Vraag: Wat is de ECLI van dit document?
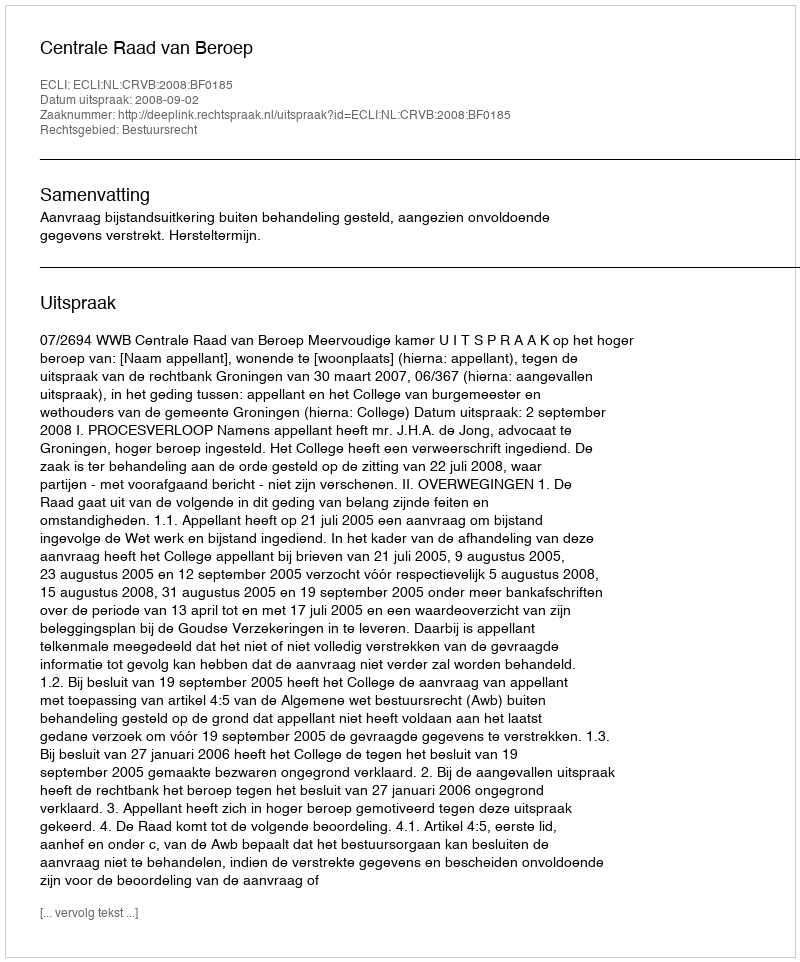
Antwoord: ECLI:NL:CRVB:2008:BF0185